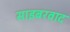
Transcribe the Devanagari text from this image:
साइबरवाद